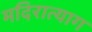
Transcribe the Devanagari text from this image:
मदिरात्याग